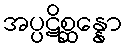
အပ္ပဋိစ္ဆန္နော